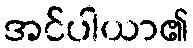
အင်ပါယာ၏